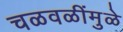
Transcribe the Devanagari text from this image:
चळवळींमुळे